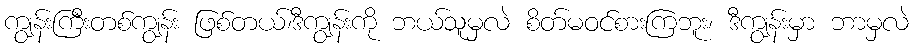
ကျွန်းကြီးတစ်ကျွန်း ဖြစ်တယ်၊ဒီကျွန်းကို ဘယ်သူမှလဲ စိတ်မဝင်စားကြဘူး၊ ဒီကျွန်းမှာ ဘာမှလဲ